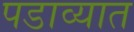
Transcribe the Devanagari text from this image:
पडाव्यात